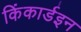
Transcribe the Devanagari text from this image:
किंकार्डइन